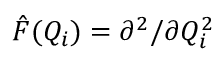
\hat { F } ( Q _ { i } ) = \partial ^ { 2 } / \partial Q _ { i } ^ { 2 }